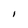
Character: I